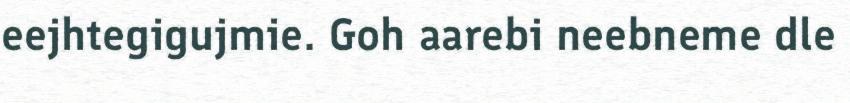
eejhtegigujmie. Goh aarebi neebneme dle